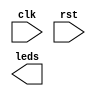
`timescale 1ns / 1ps
//////////////////////////////////////////////////////////////////////////////////
// Company: 
// Engineer: 
// 
// Design Name: 
// Module Name:    moving_led 
// Project Name: 
// Target Devices: 
// Tool versions: 
// Description: 
//
// Dependencies: 
//
// Revision: 
// Revision 0.01 - File Created
// Additional Comments: 
//
//////////////////////////////////////////////////////////////////////////////////
module moving_led(
    input clk,
    input rst,
    output [7:0] leds
    );


endmodule